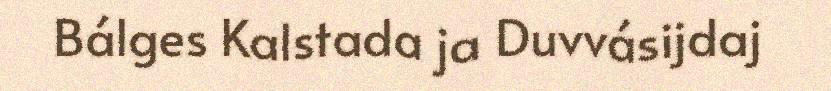
Bálges Kalstada ja Duvvásijdaj